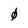
Character: 0